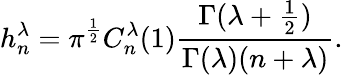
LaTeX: h_{n}^{\lambda}=\pi^{\frac{1}{2}}C_{n}^{\lambda}(1)\frac{\Gamma(\lambda+\frac{1}{2})}{\Gamma(\lambda)(n+\lambda)}.